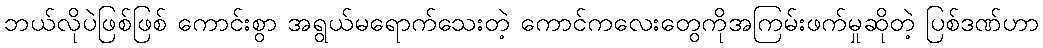
ဘယ်လိုပဲဖြစ်ဖြစ် ကောင်းစွာ အရွယ်မရောက်သေးတဲ့ ကောင်ကလေးတွေကိုအကြမ်းဖက်မှုဆိုတဲ့ ပြစ်ဒဏ်ဟာ